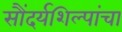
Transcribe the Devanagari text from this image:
सौंदर्यशिल्पांचा